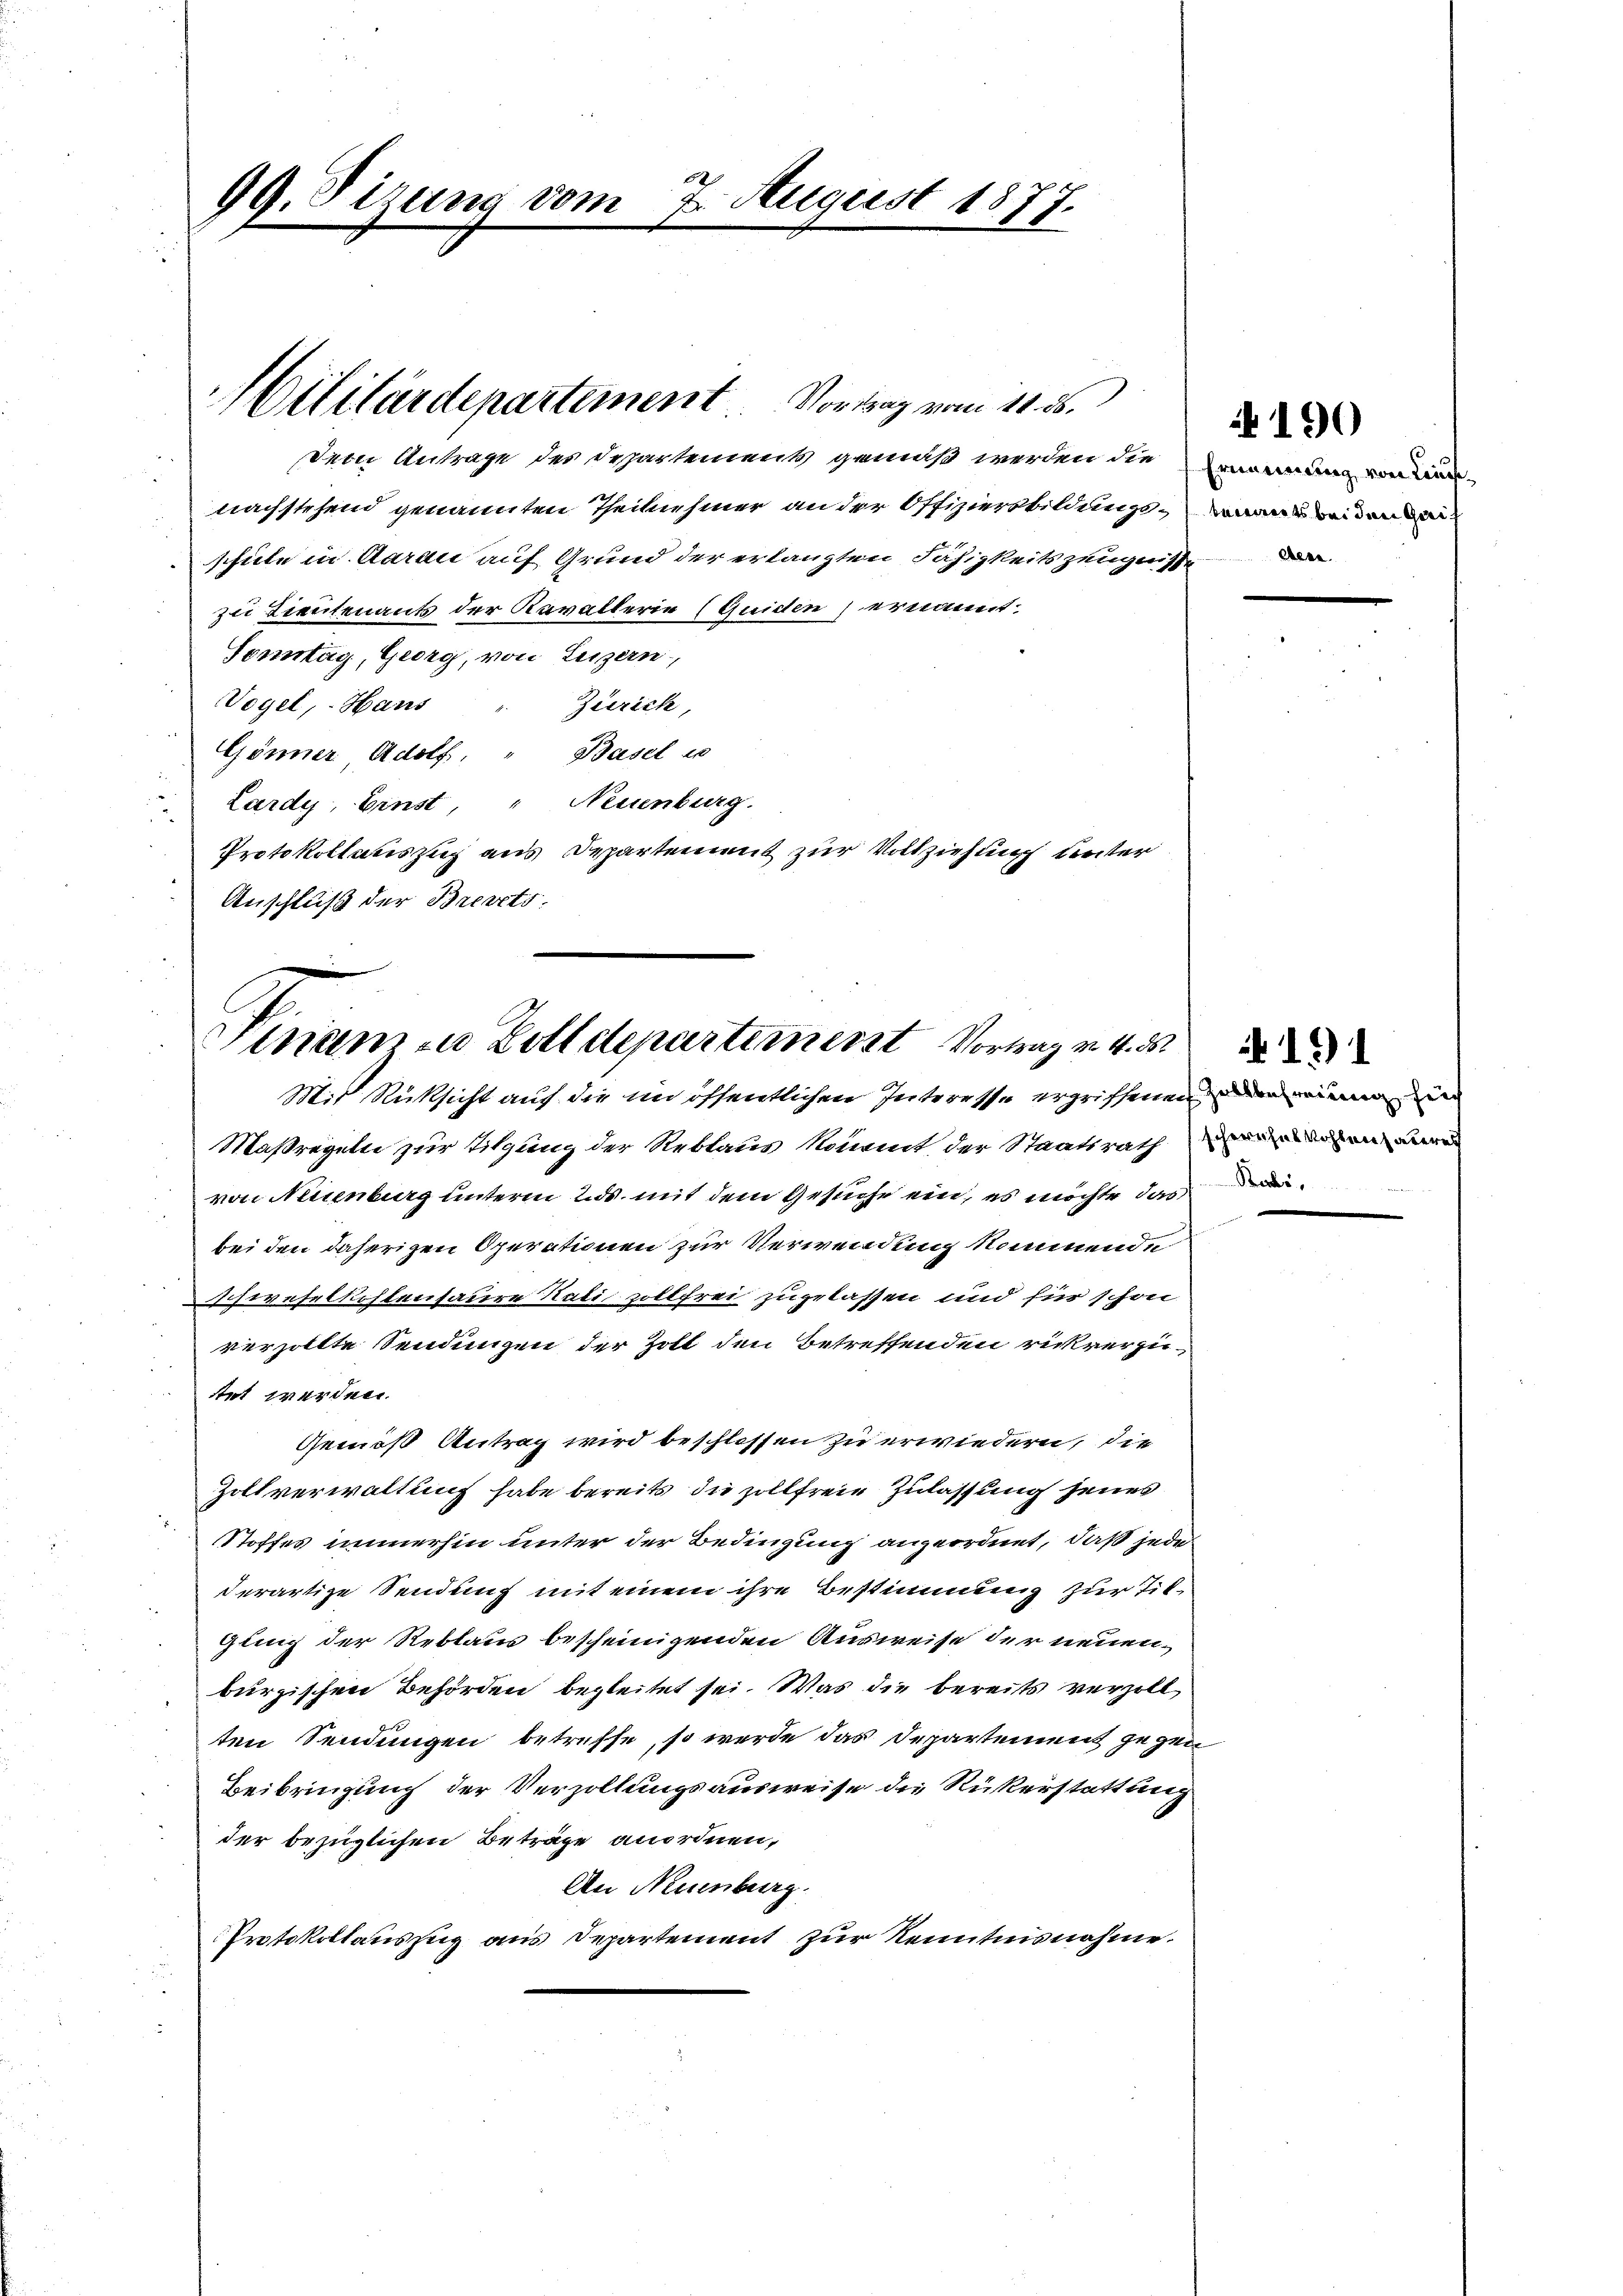
99. Sizung vom
7. August 1877.

Militärdepartement. Vortrag vom 11. ds.
dein Antrage des Departement gemäß werden die

nachstehend genannten Theilnehmer an der Offiziersbildung
schule in Aarau auf Grund der erlangten Fähigkeitszeugn
zu Lieutenants der Revallerie (Guiden ernannt.
Sonntag, Georg, von Luzern,
Vogel, Haus
Zürich,
Gönner Adolf. " Basel un
Lardy, Einst, " Neuenburg.
Protokollauszug aus Departement zur Vollziehung unter
Anschluß der Brevets.

Sinam zu Zolldepartement Vortrag v. 4. d.
Mir Rücksicht auf die im öffentlichen Interesse ergriffenen mir in

Maßregeln zur Tilgung der Reblaus kommt der Staatsrathen
von Neuenburg unterm 2. ds. mit dem Gesuche ein, es möchte das
bei den daherigen Operationen zur Verwendung kommende
schwefelkostensaure Kati zollfrei zugelassen und für schon
verzollte Sendungen der Zoll den Betreffenden rückrerzietet werden.
Gemäß Antrag wird beschlossen zu erwiedern, die
Zollverwaltung habe bereits die zollfreie Zulassung seines
Stoffes immerhin unter der Bedingung angeordnet, daß jedes
derartige Sendung mit einem ihre Bestimmung zur Tilgling der Reblaus bescheinigenden Ausweise der neuenburzischen Behörden begleitet sei. Was die bereits verzoll
ten Sendungen betreffe, so werde das Departement gegen
Beibringung der Verzöllungsausweise die Rükerstattung
der bezüglichen Beträge anordnen,
An Neuenburg.
Protokollauszug aus Departement zur Kenntnisnahme.

Ernennung von Kinde
2 tenants beiden Gaif
ebene

190

Robi,